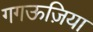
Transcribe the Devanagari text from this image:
गगऊज़िया